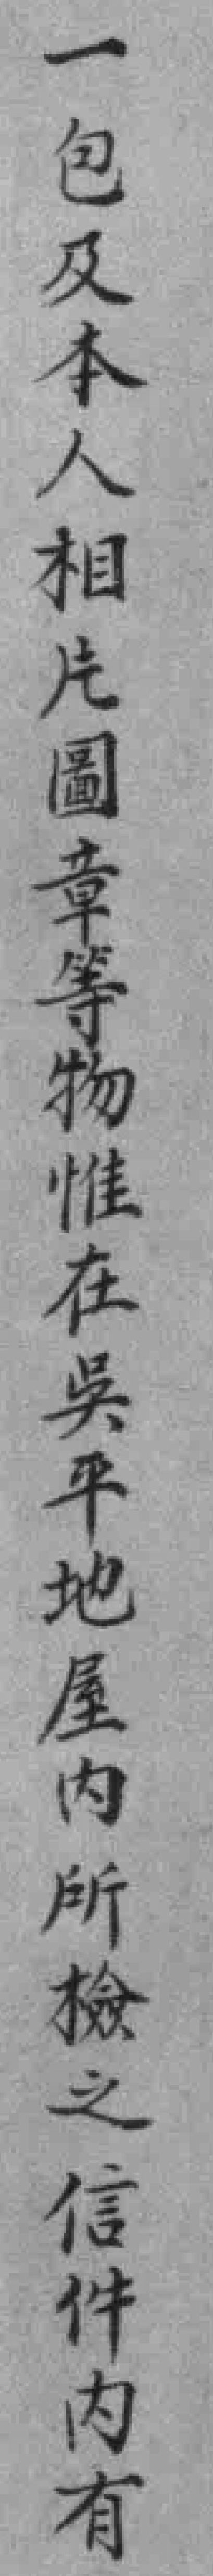
一包及本人相片圖章等物惟在吳平地屋内所檢之信件内有